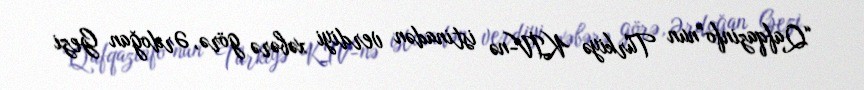
“Qafqazinfo”nun Türkiyə KİV-nə istinadən verdiyi xəbərə görə, Ərdoğan Gezi